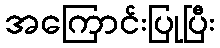
အကြောင်းပြုပြီး